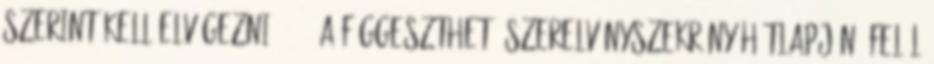
szerint kell elvégezni. 1.6. A függeszthetõ szerelvényszekrény hátlapján, felül